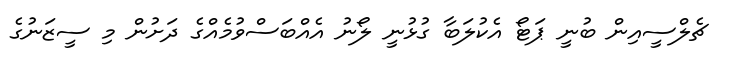
ޗެލްސީއިން ބުނީ ޕަޓޯ އެކުލަބާ ގުޅުނީ ލޯނު އެއްބަސްވުމެއްގެ ދަށުން މި ސީޒަނުގެ